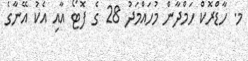
މ. ހާޑްރޮކް ހަމްދާން މުހައްމަދު 28 ގެ ފޮޓޯ އާއި އެކު އޭނާގެ